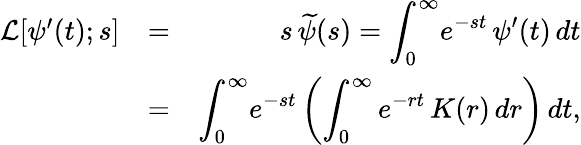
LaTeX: \begin{array}{rlr}{\mathcal{L}[\psi^{\prime}(t);s]}&{=}&{s\, \widetilde\psi(s)={\displaystyle\int_{0}^{\infty}\! e^{-st}\, \psi^{\prime}(t)\, dt}}\\ &{=}&{{\displaystyle\int_{0}^{\infty}\! e^{-st}\left(\int_{0}^{\infty}e^{-rt}\, K(r)\, dr\right)\, dt},}\end{array}